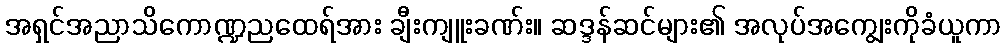
အရှင်အညာသိကောဏ္ဍညထေရ်အား ချီးကျူးခဏ်း။ ဆဒ္ဒန်ဆင်များ၏ အလုပ်အကျွေးကိုခံယူကာ